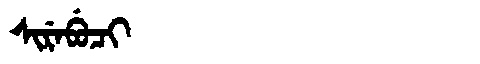
Manchu: ᠰᡳᡵᡝᠪᡠᠴᡳ
Romanization: SIREBUCI